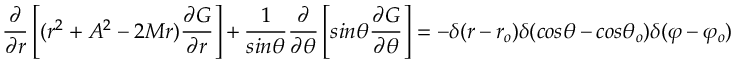
{ \frac { \partial } { \partial r } } \left[ ( r ^ { 2 } + A ^ { 2 } - 2 M r ) { \frac { \partial G } { \partial r } } \right] + { \frac { 1 } { s i n \theta } } { \frac { \partial } { \partial \theta } } \left[ s i n \theta { \frac { \partial G } { \partial \theta } } \right] = - \delta ( r - r _ { o } ) \delta ( c o s \theta - c o s { \theta } _ { o } ) \delta ( \varphi - { \varphi } _ { o } )